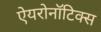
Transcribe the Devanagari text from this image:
ऐयरोनॉटिक्स